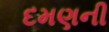
દમણની